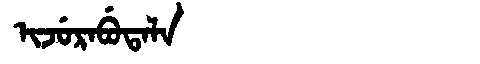
Manchu: ᡳᠵᡠᡵᠠᠪᡠᡨᠠᠯᠠ
Romanization: IJURABUTALA